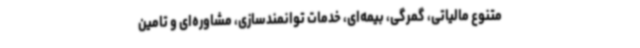
متنوع مالیاتی، گمرگی، بیمه‌ای، خدمات توانمندسازی، مشاوره‌ای و تامین